Scottish Leaving Certificate Examination, 1956
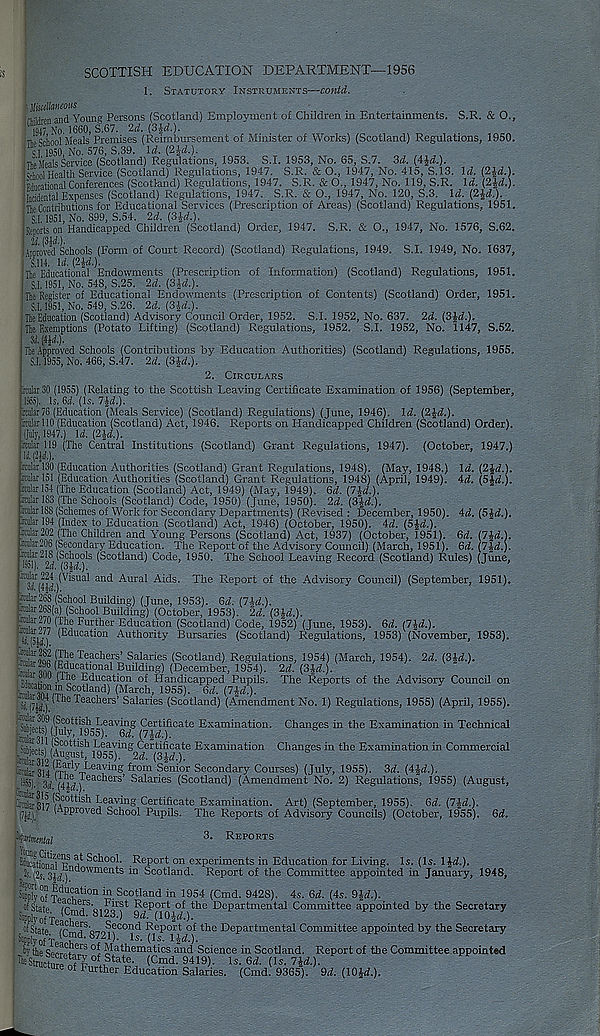
SCOTTISH EDUCATION DEPARTMENT—1956
1. Statutory Instruments—contd.
( i UisciUtmem
Lti_, and Young Persons (Scotland) Employment of Children in Entertainments. S.R. & O.,
1917 No 1660,1.67. 2d. (3£d.)-
in. Wool Meals Premises (Reimbursement of Minister of Works) (Scotland) Regulations, 1950.
SI 1950, No. 576, S.39. Id. (2%d.).
Thp lleals Service (Scotland) Regulations, 1953. S.I. 1953, No. 65, S.7. 3d. (4Jd.).
S Health Service (Scotland) Regulations, 1947. S.R. & O., 1947, No. 415, S.13. Id. (2id.).
Micational Conferences (Scotland) Regulations, 1947. S.R. & O., 1947, No. 119, S.R. Id. (2id.).
Sental Expenses (Scotland) Regulations, 1947. S.R. & O., 1947, No. 120, S.3. Id. (2J<i.).
The Contributions for Educational Services (Prescription of Areas) (Scotland) Regulations, 1951.
5.1, 1951, No. 899, S.54. 2d. (3-|rf.).
Reports on Handicapped Children (Scotland) Order, 1947. S.R. & O., 1947, No. 1576, S.62.
U (Ml).
tpproved Schools (Form of Court Record) (Scotland) Regulations, 1949. S.I. 1949, No. 1637,
Silt. 14. (2|ii.).
Hie Educational Endowments (Prescription of Information) (Scotland) Regulations, 1951.
5.1. 1951, No. 548, S.25. 2d. (3U.).
Ike Register of Educational Endowments (Prescription of Contents) (Scotland) Order, 1951.
5,1.1951, No. 549, S.26. 2d. (3|d.).
The Education (Scotland) Advisory Council Order, 1952. S.I. 1952, No. 637. 2d. (3Jd.).
Ike Exemptions (Potato Lifting) (Scotland) Regulations, 1952. S.I. 1952, No. 1147, S.52.
M.m).
Ike Approved Schools (Contributions by Education Authorities) (Scotland) Regulations. 1955.
S.1.1955, No. 466, S.47. 2d. (3Jd.).
2. Circulars
imlarSO (1955) (Relating to the Scottish Leaving Certificate Examination of 1956) (September,
liis). Is. 64. (Is. lid.).
Har76 (Education (Meals Service) (Scotland) Regulations) (June, 1946). Id. (2£<L).
ratal 10 (Education (Scotland) Act, 1946. Reports on Handicapped Children (Scotland) Order).
(July, 1947.) 14. (2J4.).
rata 119 (The Central Institutions (Scotland) Grant Regulations, 1947). (October, 1947.)
rata 130 (Education Authorities (Scotland) Grant Regulations, 1948). (May, 1948.) Id. (2J4.),
rata 151 (Education Authorities (Scotland) Grant Regulations, 1948) (April, 1949). 4d. (old.).
rata 154 (The Education (Scotland) Act, 1949) (May, 1949), 64. (744.).
ycular 1S3 (The Schools (Scotland) Code, 1950) (June, 1950). 24. (3"i4.).
ralar 188 (Schemes of Work for Secondary Departments) (Revised : December, 1950). 44. (5J4.).
itnlar 194 (Index to Education (Scotland) Act, 1946) (October, 1950). 44. (5J4-).
ralar 202 (The Children and Young Persons (Scotland) Act, 1937) (October, 1951). 64.
rata206 (Secondary Education. The Report of the Advisory Council) (March, 1951). 64. .7*4.).
7i4.j.
iircnlar 218 (Schools (Scotland) Code, 1950. The School Leaving Record (Scotland) Rules) (June,
Jwl). 2d.
(Visual and Aural Aids. The Report of the Advisory Council) (September, 1951),
tciilar 26l5 (School Building) (June, 1953). 64. (744.).
raar26S(a) (School Building) (October, 1953). 24. (3|4.).
frl, ('S 16 Furt ber Education (Scotland) Code, 1952) (June, 1953). 64. (7J4.).
«?«) (Education Auth°r ity Bursaries (Scotland) Regulations, 1953) (November, 1953).
iJf
Teaoher 5’ Salaries (Scotland) Regulations, 1954) (March, 1954). 24. (Sid.).
Si.J: ■ ' o Education of Handicapped Pupils. The Reports of the Advisory Council on
E»?, S 92 tland ) (March, 1955). 64. (7140.
h lijif) ' n ' e Teachers’ Salaries (Scotland) (Amendment No. 1) Regulations, 1955) (April, 1955).
Arkiwief (Scottish Leaving Certificate Examination. Changes in the Examination in Technical
hMects) 1
( (? cot t'eh Leaving Certificate Examination Changes in the Examination in Commercial
f
l
Leaving oertmcai
1955) - 2d -
j- pd l U rl y Leavlr >g from Senior Secondary Courses) (July, 1955). 34. (444.).
ls ®)- 3/f (444 ) aC ' ler3 ' EuUries (Scotland) (Amendment No. 2) Regulations, 1955) (August,
64.
ftSlnSHk* E e u v ing Certificate Examination. Art) (September, 1955). 64. (lid.).
iji). Approved School Pupils. The Reports of Advisory Councils) (October, 1955).
i'ialmnM
3 - Reports
! Cfe j 4 School. Report on experiments in Education for Living. Is. (Is. 1J4.).
(2s. Z)d ) nclowr n e nt s in Scotland. Report of the Committee appointed in January, 1948,
te d - ti011 in Scotland in 1954 (Cmd. 9428). 4s. 64. (4s. 9J4.).
ofstatp /r j S 'o,n st Report of the Departmental Committee appointed by the Secretary
WofTeih d ’ 8123 ' ) 9cL (^6J4.).
tf S' tatp /r j S ’o.„, 3 ? C0n d Report of the Departmental Committee appointed by the Secretary
S
(Cmd-8721). is. (is. 1J4.).
by the qpp r ff er3 Mathematics and Science in Scotland. Report of the Committee appointed
(Cmd. 9419). Is. 64. (Is. 7J4.).
tee of Further Education Salaries. (Cmd. 9365). 94. (K>i4.).